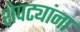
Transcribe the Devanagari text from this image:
शेपट्यांना